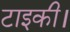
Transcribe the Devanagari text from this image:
टाइकी।